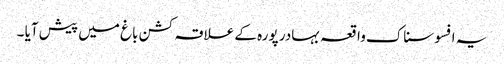
یہ افسوسناک واقعہ بہادر پورہ کے علاقہ کشن باغ میں پیش آیا ۔